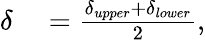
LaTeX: \begin{array}{rl}{\delta}&{{}=\frac{\delta_{upper}+\delta_{lower}}{2},}\end{array}